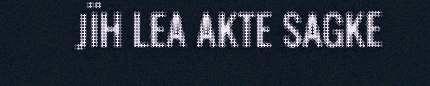
JÏH LEA AKTE SAGKE